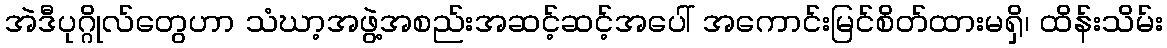
အဲဒီပုဂ္ဂိုလ်တွေဟာ သံဃာ့အဖွဲ့အစည်းအဆင့်ဆင့်အပေါ် အကောင်းမြင်စိတ်ထားမရှိ၊ ထိန်းသိမ်း